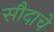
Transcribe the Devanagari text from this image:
सौदाचे